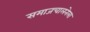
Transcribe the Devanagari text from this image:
समाजचालनेला